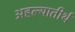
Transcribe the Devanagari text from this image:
अहल्यातीर्थ